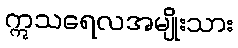
ဣသရေလအမျိုးသား